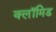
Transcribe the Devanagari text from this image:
क्लॉमिड